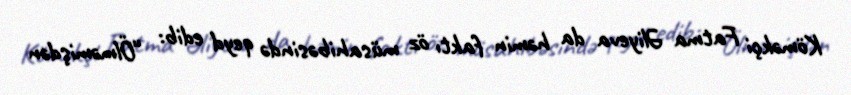
Köməkçi Fatma Əliyeva da həmin faktı öz müsahibəsində qeyd edib: “Ölməmişdən